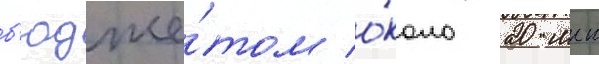
б'юдже́том о́коло 20 млн